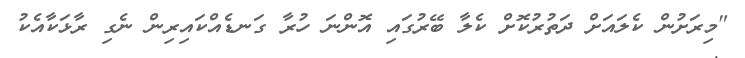
"މިރަށުން ކެލައަށް ދަތުރުކޮށް ކެލާ ބޭރުގައި އޮންނަ ހުރާ ގަނޑެއްކައިރިން ނެގި ރާޅަކާއެކު